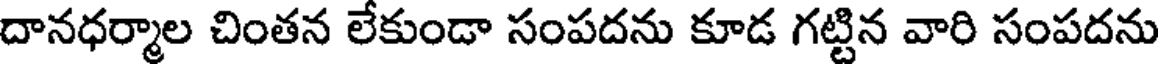
దానధర్మాల చింతన లేకుండా సంపదను కూడ గట్టిన వారి సంపదను